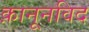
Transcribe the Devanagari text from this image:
क़ानूनविद